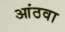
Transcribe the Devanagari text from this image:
आंठवा